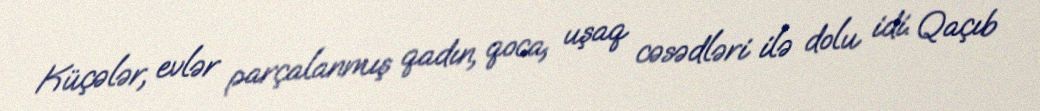
Küçələr, evlər parçalanmış qadın, qoca, uşaq cəsədləri ilə dolu idi. Qaçıb